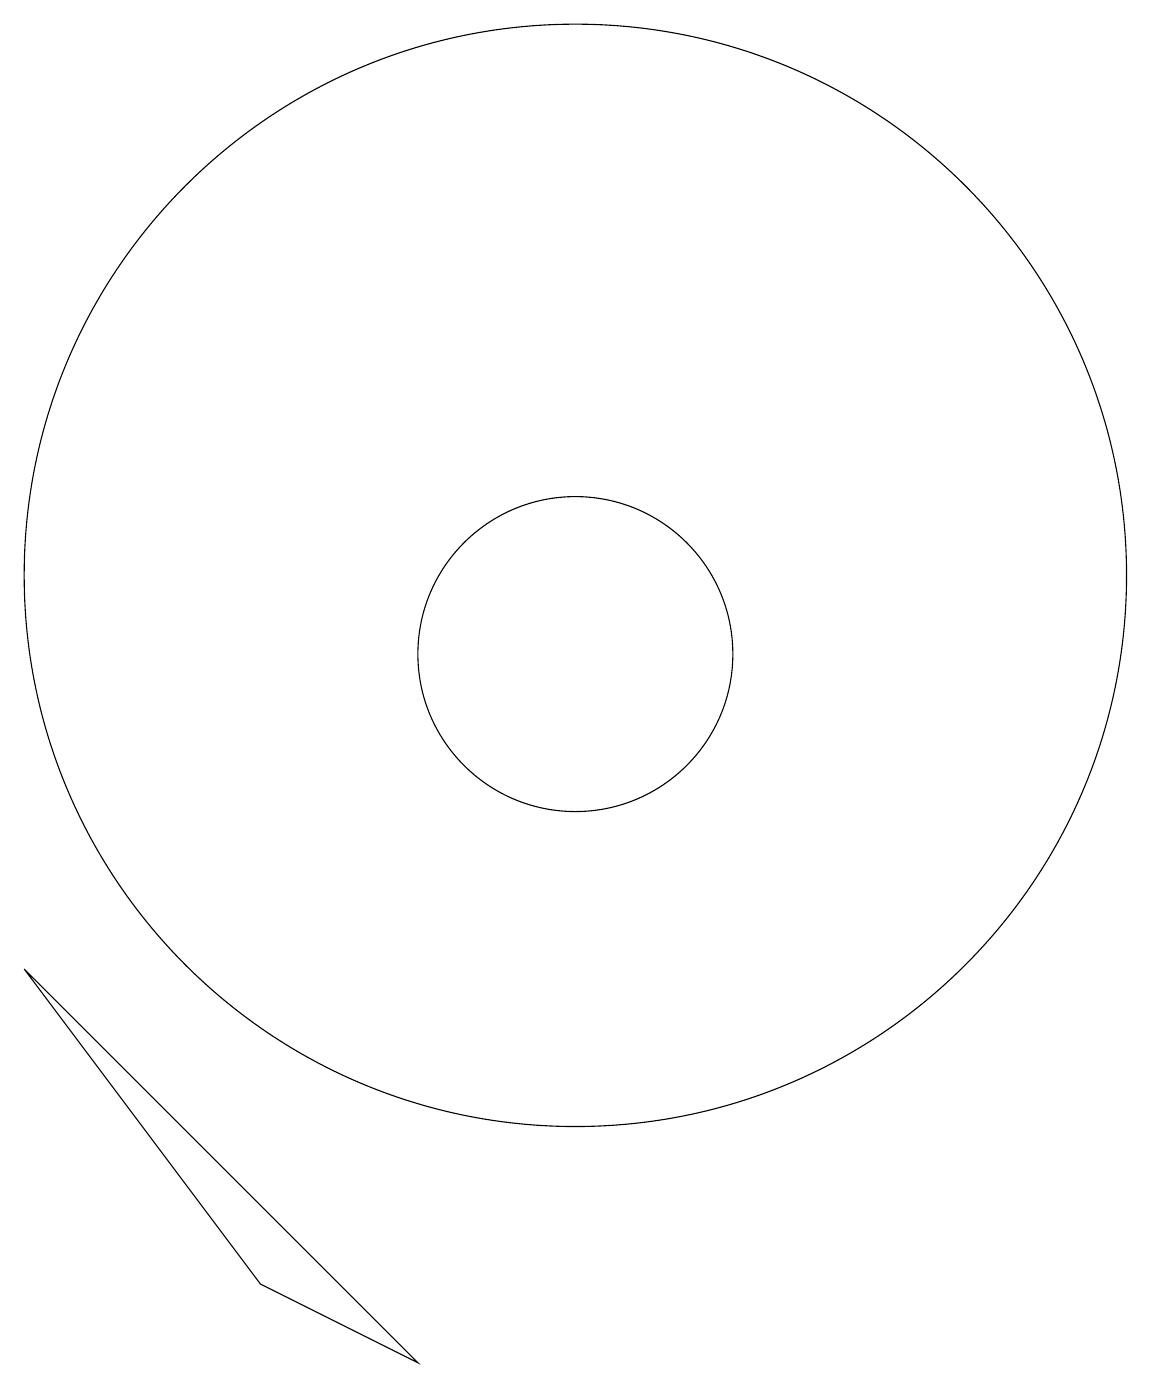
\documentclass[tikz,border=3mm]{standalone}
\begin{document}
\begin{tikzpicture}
\draw (11,10) circle (2);
\draw (7,2) -- (4,6) -- (9,1) -- cycle;
\draw (11,11) circle (7);
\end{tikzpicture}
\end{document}